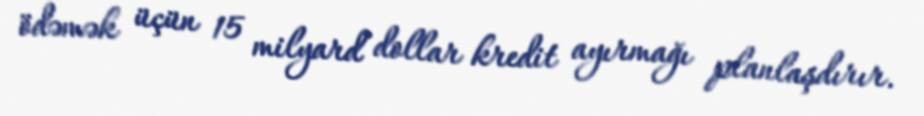
ödəmək üçün 15 milyard dollar kredit ayırmağı planlaşdırır.